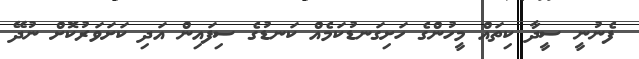
ފެނުނީ ސީދާ ކިތައް މީހުންގެ ހަށިގަނޑުކަމެއް ކަނޑުގެ ސިފައިން އަދި ކަށަވަރުކޮށް ނުދޭ